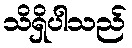
သိရှိပါသည်